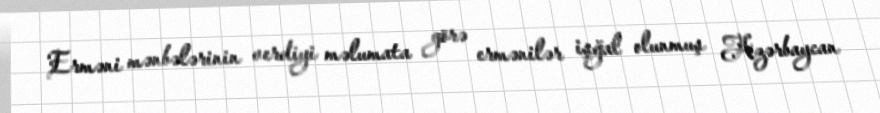
Erməni mənbələrinin verdiyi məlumata görə ermənilər işğal olunmuş Azərbaycan